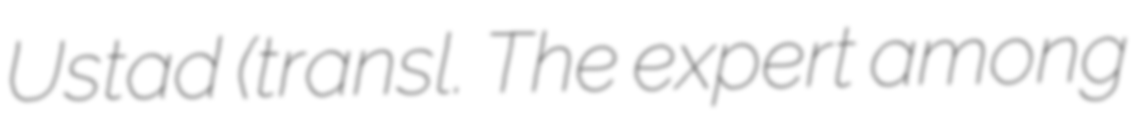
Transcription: Ustad (transl. The expert among